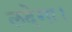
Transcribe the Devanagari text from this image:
लदेगा।